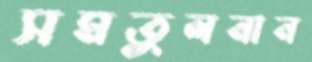
সমতুলনান